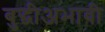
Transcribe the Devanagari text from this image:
बुद्धीअभावी